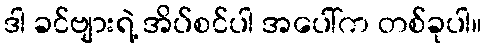
ဒါ ခင်ဗျားရဲ့ အိပ်စင်ပါ အပေါ်က တစ်ခုပါ။